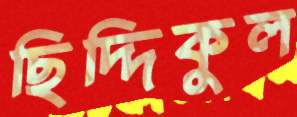
ছিদ্দিকুল